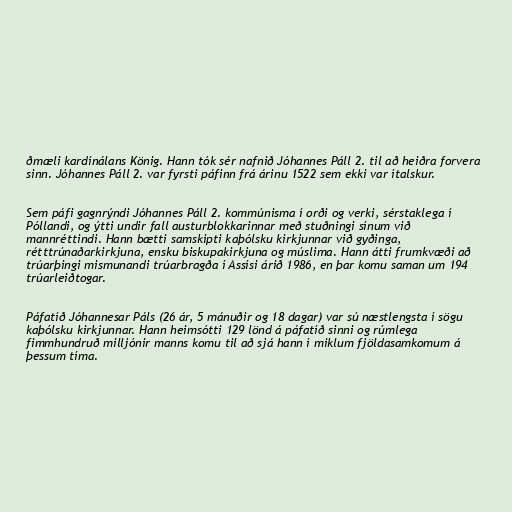
ðmæli kardínálans König. Hann tók sér nafnið Jóhannes Páll 2. til að heiðra forvera
sinn. Jóhannes Páll 2. var fyrsti páfinn frá árinu 1522 sem ekki var ítalskur.

Sem páfi gagnrýndi Jóhannes Páll 2. kommúnisma í orði og verki, sérstaklega í
Póllandi, og ýtti undir fall austurblokkarinnar með stuðningi sínum við
mannréttindi. Hann bætti samskipti kaþólsku kirkjunnar við gyðinga,
rétttrúnaðarkirkjuna, ensku biskupakirkjuna og múslima. Hann átti frumkvæði að
trúarþingi mismunandi trúarbragða í Assísi árið 1986, en þar komu saman um 194
trúarleiðtogar.

Páfatíð Jóhannesar Páls (26 ár, 5 mánuðir og 18 dagar) var sú næstlengsta í sögu
kaþólsku kirkjunnar. Hann heimsótti 129 lönd á páfatíð sinni og rúmlega
fimmhundruð milljónir manns komu til að sjá hann í miklum fjöldasamkomum á
þessum tíma.